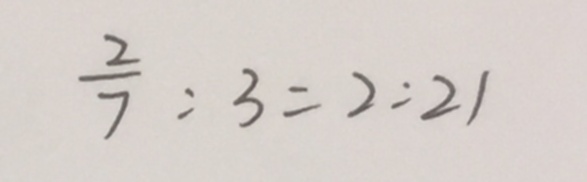
\frac { 2 } { 7 } : 3 = 2 : 2 1